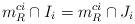
LaTeX: \begin{align*}m_R^{ci}\cap I_i= m_R^{ci}\cap J_i\end{align*}